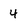
Character: 4